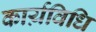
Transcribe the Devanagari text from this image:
कार्य़विधि